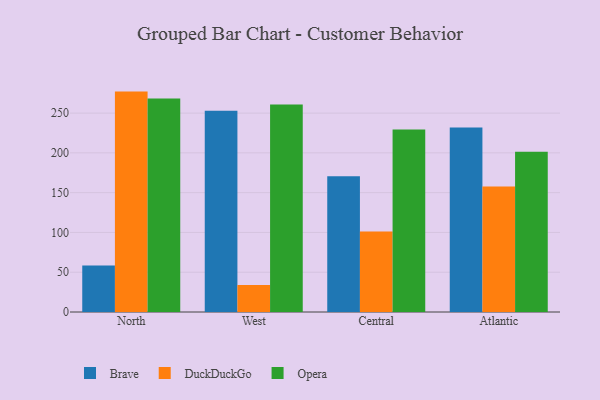
{"axis": {"x": "Region", "y": "Budget (USD K)"}, "legend": ["Brave", "DuckDuckGo", "Opera"], "data": [{"x": "North", "y": 58.5, "type": "Brave"}, {"x": "North", "y": 277.0, "type": "DuckDuckGo"}, {"x": "North", "y": 268.3, "type": "Opera"}, {"x": "West", "y": 253.0, "type": "Brave"}, {"x": "West", "y": 33.9, "type": "DuckDuckGo"}, {"x": "West", "y": 260.9, "type": "Opera"}, {"x": "Central", "y": 170.6, "type": "Brave"}, {"x": "Central", "y": 101.2, "type": "DuckDuckGo"}, {"x": "Central", "y": 229.3, "type": "Opera"}, {"x": "Atlantic", "y": 231.8, "type": "Brave"}, {"x": "Atlantic", "y": 157.6, "type": "DuckDuckGo"}, {"x": "Atlantic", "y": 201.3, "type": "Opera"}]}